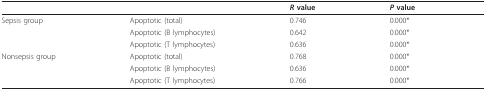
<table><thead><tr><td>[EMPTY_CELL]</td><td>[EMPTY_CELL]</td><td><b><i>R </i>value</b></td><td><b><i>P </i>value</b></td></tr></thead><tbody><tr><td>Sepsis group</td><td>Apoptotic (total)</td><td>0.746</td><td>0.000*</td></tr><tr><td>[EMPTY_CELL]</td><td>Apoptotic (B lymphocytes)</td><td>0.642</td><td>0.000*</td></tr><tr><td>[EMPTY_CELL]</td><td>Apoptotic (T lymphocytes)</td><td>0.636</td><td>0.000*</td></tr><tr><td>Nonsepsis group</td><td>Apoptotic (total)</td><td>0.768</td><td>0.000*</td></tr><tr><td>[EMPTY_CELL]</td><td>Apoptotic (B lymphocytes)</td><td>0.636</td><td>0.000*</td></tr><tr><td>[EMPTY_CELL]</td><td>Apoptotic (T lymphocytes)</td><td>0.766</td><td>0.000*</td></tr></tbody></table>